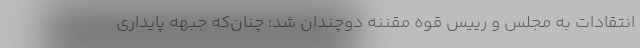
انتقادات به مجلس و رییس قوه مقننه دوچندان شد؛ چنان‌که جبهه پایداری